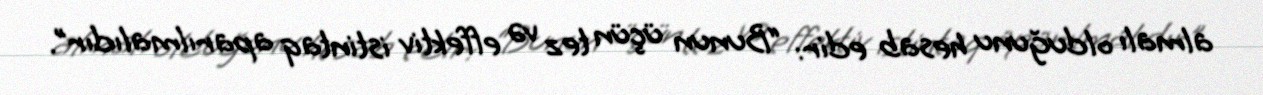
almalı olduğunu hesab edir: “Bunun üçün tez və effektiv istintaq aparılmalıdır”.